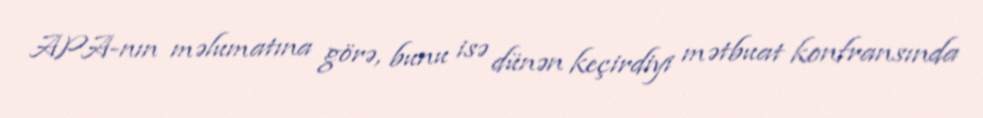
APA-nın məlumatına görə, bunu isə dünən keçirdiyi mətbuat konfransında